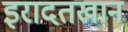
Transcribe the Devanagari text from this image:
इरादतखान